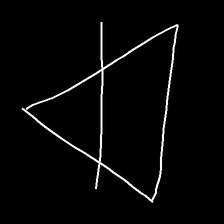
Glyph: empower